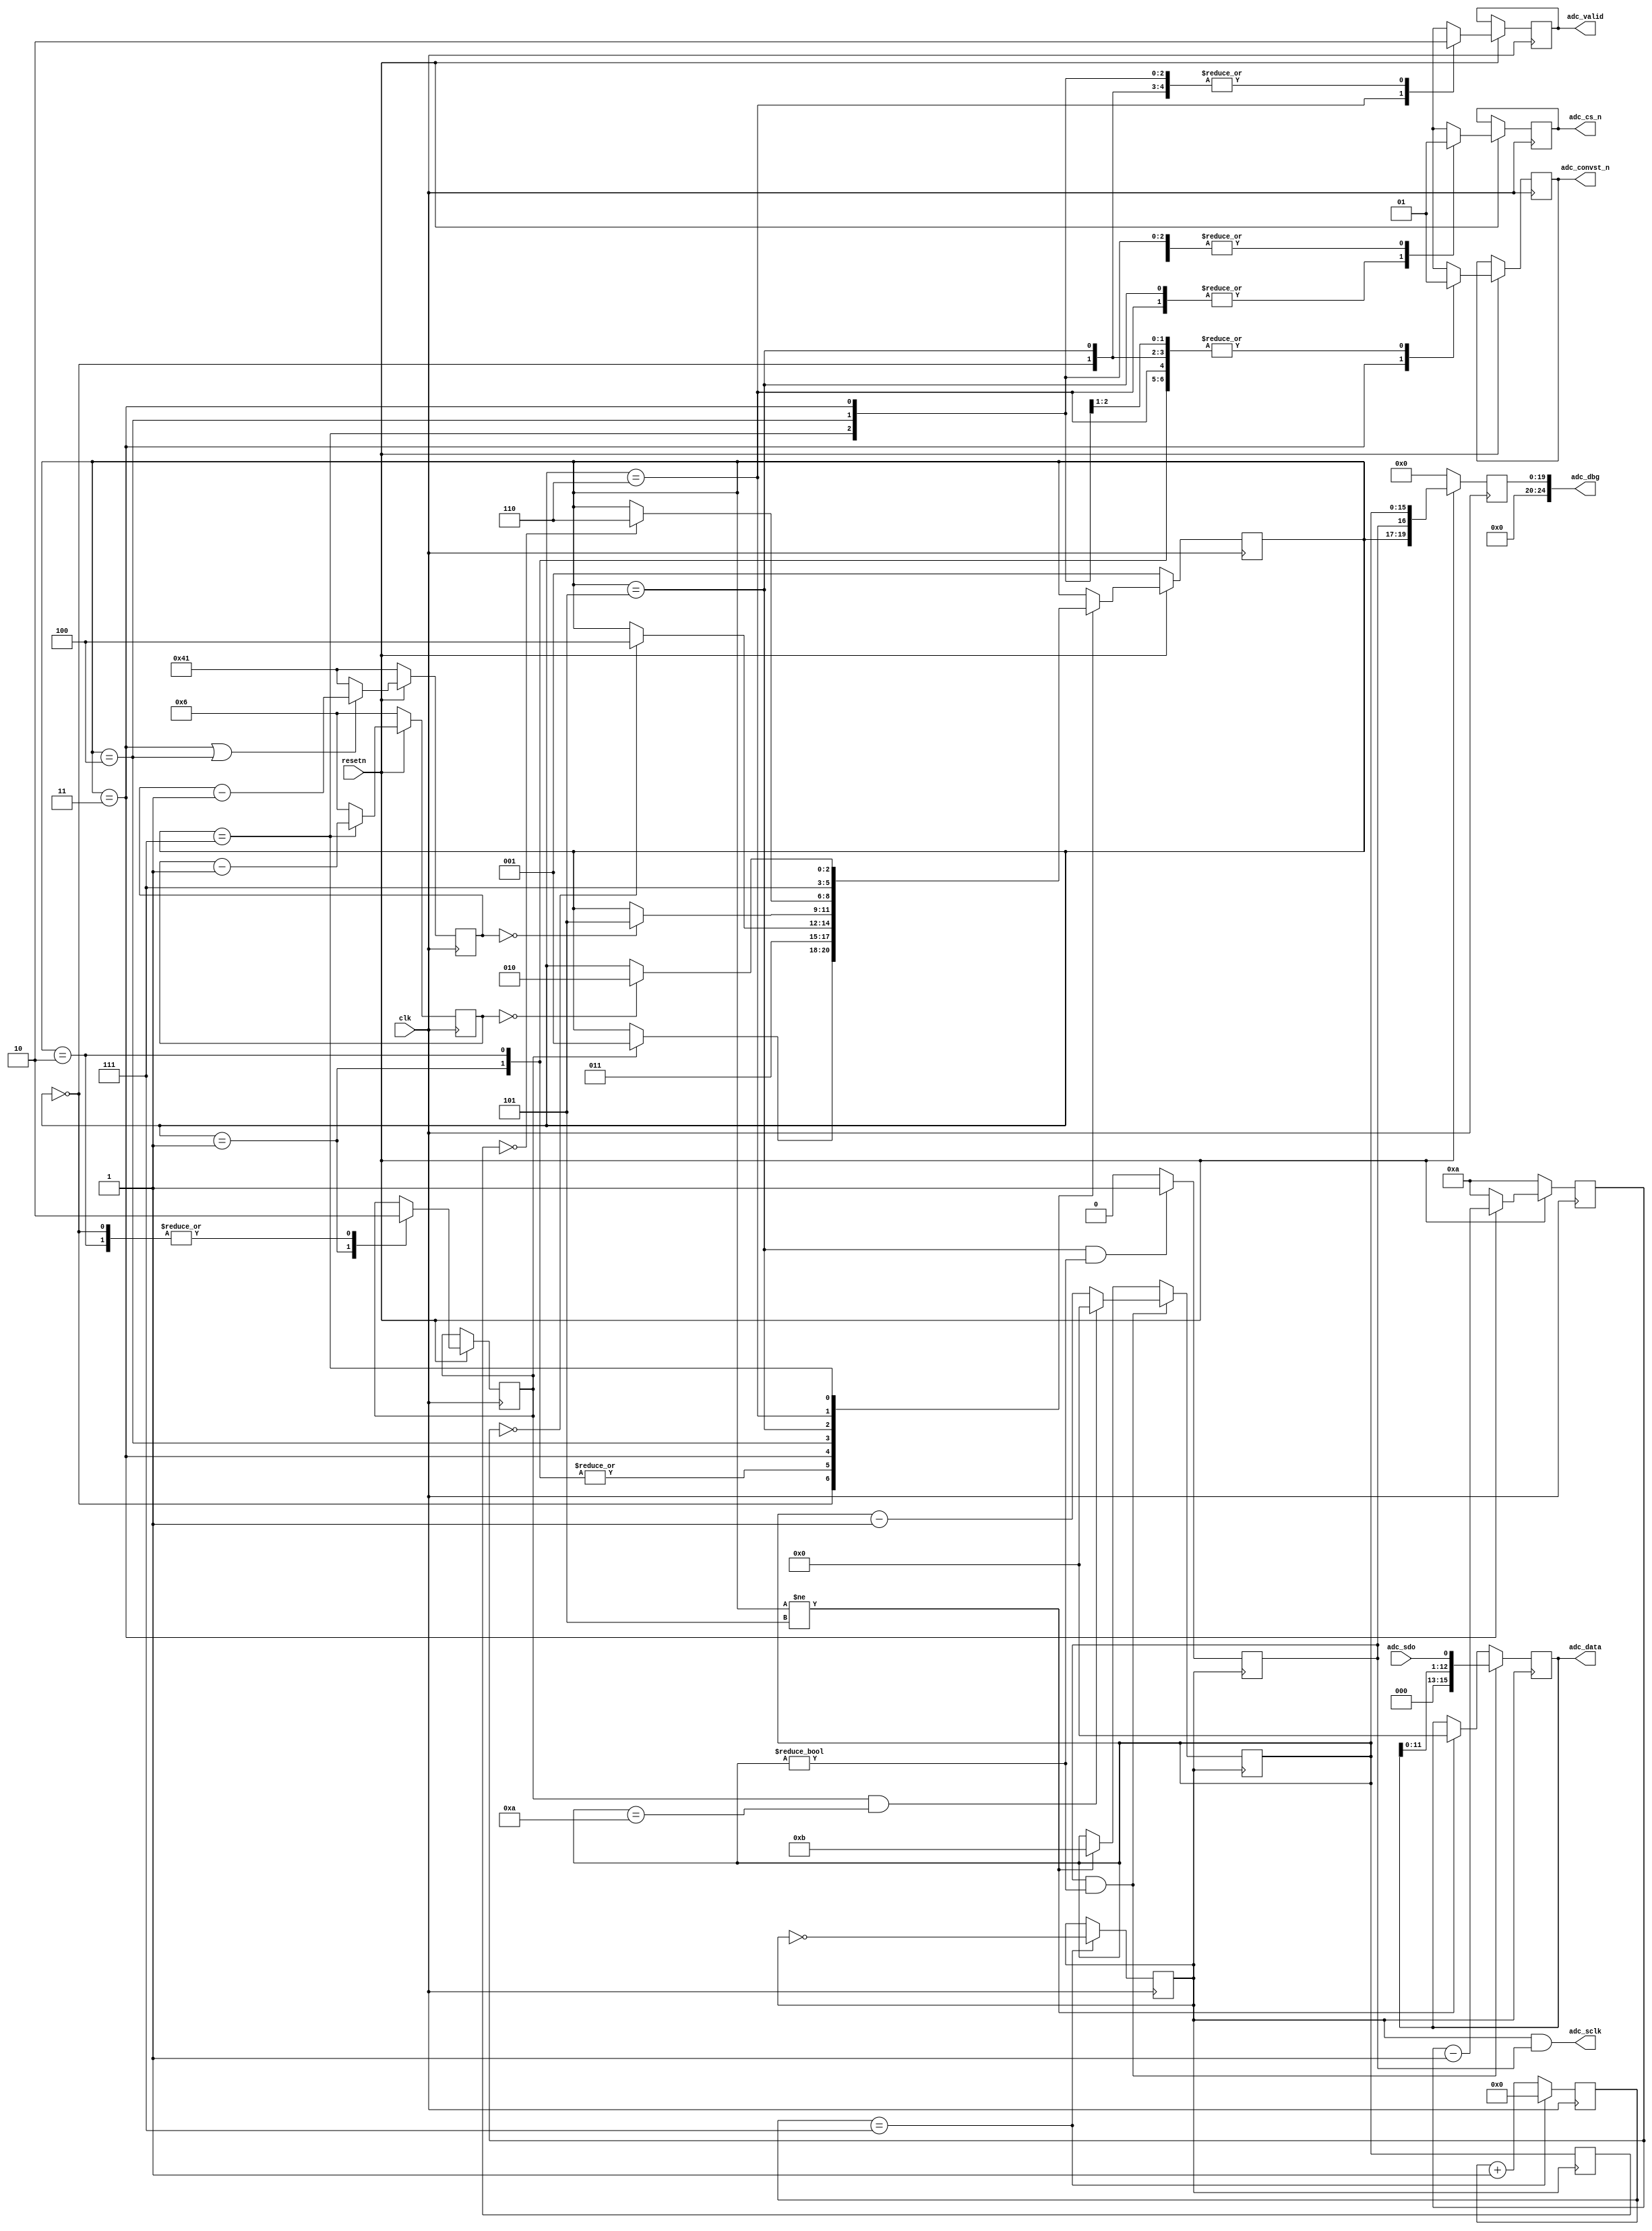
// ***************************************************************************
// ***************************************************************************
// Copyright 2011(c) Analog Devices, Inc.
//
// All rights reserved.
//
// Redistribution and use in source and binary forms, with or without modification,
// are permitted provided that the following conditions are met:
//     - Redistributions of source code must retain the above copyright
//       notice, this list of conditions and the following disclaimer.
//     - Redistributions in binary form must reproduce the above copyright
//       notice, this list of conditions and the following disclaimer in
//       the documentation and/or other materials provided with the
//       distribution.
//     - Neither the name of Analog Devices, Inc. nor the names of its
//       contributors may be used to endorse or promote products derived
//       from this software without specific prior written permission.
//     - The use of this software may or may not infringe the patent rights
//       of one or more patent holders.  This license does not release you
//       from the requirement that you obtain separate licenses from these
//       patent holders to use this software.
//     - Use of the software either in source or binary form, must be run
//       on or directly connected to an Analog Devices Inc. component.
//
// THIS SOFTWARE IS PROVIDED BY ANALOG DEVICES "AS IS" AND ANY EXPRESS OR IMPLIED WARRANTIES,
// INCLUDING, BUT NOT LIMITED TO, NON-INFRINGEMENT, MERCHANTABILITY AND FITNESS FOR A
// PARTICULAR PURPOSE ARE DISCLAIMED.
//
// IN NO EVENT SHALL ANALOG DEVICES BE LIABLE FOR ANY DIRECT, INDIRECT, INCIDENTAL, SPECIAL,
// EXEMPLARY, OR CONSEQUENTIAL DAMAGES (INCLUDING, BUT NOT LIMITED TO, INTELLECTUAL PROPERTY
// RIGHTS, PROCUREMENT OF SUBSTITUTE GOODS OR SERVICES; LOSS OF USE, DATA, OR PROFITS; OR
// BUSINESS INTERRUPTION) HOWEVER CAUSED AND ON ANY THEORY OF LIABILITY, WHETHER IN CONTRACT,
// STRICT LIABILITY, OR TORT (INCLUDING NEGLIGENCE OR OTHERWISE) ARISING IN ANY WAY OUT OF
// THE USE OF THIS SOFTWARE, EVEN IF ADVISED OF THE POSSIBILITY OF SUCH DAMAGE.
// ***************************************************************************
// ***************************************************************************
// ***************************************************************************
// ***************************************************************************

// This core supports the following CFTL pmods:
//        - EVAL-CN0350-PMDZ
//        - EVAL-CN0335-PMDZ
//        - EVAL-CN0336-PMDZ
//        - EVAL-CN0337-PMDZ
//
// It controls a simple three wire SPI interface with an additional control
// line for conversion start, and a counter which trigger the SPI read after
// the end of ADC conversion.
// NOTE:  - The maximum frequency of serial read clock (adc_spi_clk) is 50Mhz.
//        - The maximum conversion rate is 1MSPS (AD7091r)
//        - The frequency of the serial read clock need to be adjusted to the desired
//          conversion rate, exp. for AD7091r :
//
//            ADC Rate >= ADC Conversion Time + SPI Word Length * ADC Serial Clock Period + Tquiet
//        where ADC Conversion Time >= 650ns
//              SPI Word Length = 12
//              Tquiet >= 58ns

`timescale 1ns/1ns

module util_pmod_adc (

  // clock and reset signals

  clk,
  resetn,

  // dma interface
  adc_data,
  adc_valid,
  adc_dbg,

  // adc interface (clk, data, cs and conversion start)

  adc_sdo,
  adc_sclk,
  adc_cs_n,
  adc_convst_n
);

  // parameters and local parameters
  parameter         FPGA_CLOCK_MHZ      = 100;  // FPGA clock frequency [MHz]
  parameter         ADC_CONVST_NS       = 100;  // minimum time to keep /CONVST low is 10ns, default is 100ns
  parameter         ADC_CONVERT_NS      = 650;  // conversion time [ns]
  parameter         ADC_TQUIET_NS       = 60;   // quite time between the last SPI read and next conversion start
  parameter         SPI_WORD_LENGTH     = 12;
  parameter         ADC_RESET_LENGTH    = 3;
  parameter         ADC_CLK_DIVIDE      = 16;

  // ADC states
  localparam        ADC_POWERUP         = 0;
  localparam        ADC_SW_RESET        = 1;
  localparam        ADC_IDLE            = 2;
  localparam        ADC_START_CNV       = 3;
  localparam        ADC_WAIT_CNV_DONE   = 4;
  localparam        ADC_READ_CNV_RESULT = 5;
  localparam        ADC_DATA_VALID      = 6;
  localparam        ADC_TQUIET          = 7;

  // ADC timing

  localparam  [15:0]  FPGA_CLOCK_PERIOD_NS  = 1000 / FPGA_CLOCK_MHZ;
  localparam  [15:0]  ADC_CONVST_CNT        = ADC_CONVST_NS / FPGA_CLOCK_PERIOD_NS;
  localparam  [15:0]  ADC_CONVERT_CNT       = ADC_CONVERT_NS / FPGA_CLOCK_PERIOD_NS;
  localparam  [15:0]  ADC_TQUITE_CNT        = ADC_TQUIET_NS / FPGA_CLOCK_PERIOD_NS;

  // clock and reset signals

  input           clk;                          // system clock (100 MHz)
  input           resetn;                       // active low reset signal

  // dma interface

  output  [15:0]  adc_data;
  output          adc_valid;
  output  [24:0]  adc_dbg;

  // adc interface

  input           adc_sdo;
  output          adc_sclk;
  output          adc_cs_n;
  output          adc_convst_n;

  // Internal registers

  reg [15:0]      adc_data          = 16'b0;
  reg             adc_valid         = 1'b0;
  reg [24:0]      adc_dbg           = 25'b0;

  reg [ 2:0]      adc_state         = 3'b0;     // current state for the ADC control state machine
  reg [ 2:0]      adc_next_state    = 3'b0;     // next state for the ADC control state machine

  reg [15:0]      adc_tconvst_cnt   = 16'b0;
  reg [15:0]      adc_tconvert_cnt  = 16'b0;
  reg [15:0]      adc_tquiet_cnt    = 16'b0;
  reg [15:0]      sclk_clk_cnt      = 16'b0;
  reg [15:0]      sclk_clk_cnt_m1   = 16'b0;
  reg [7:0]       adc_clk_cnt       = 8'h0;

  reg             adc_convst_n      = 1'b1;
  reg             adc_clk_en        = 1'b0;
  reg             adc_cs_n          = 1'b1;
  reg             adc_sw_reset      = 1'b0;
  reg             data_rd_ready     = 1'b0;
  reg             adc_spi_clk       = 1'b0;

  // Assign/Always Blocks

  assign adc_sclk   = adc_spi_clk & adc_clk_en;

  // spi clock generation
  always @(posedge clk) begin
    adc_clk_cnt <= adc_clk_cnt + 1;
    if (adc_clk_cnt == ((ADC_CLK_DIVIDE/2)-1)) begin
      adc_clk_cnt <= 0;
      adc_spi_clk <= ~adc_spi_clk;
    end
  end

  // update the ADC timing counters

  always @(posedge clk)
  begin
    if(resetn == 1'b0) begin
      adc_tconvst_cnt  <= ADC_CONVST_CNT;
      adc_tconvert_cnt <= ADC_CONVERT_CNT;
      adc_tquiet_cnt   <= ADC_TQUITE_CNT;
    end else begin
      if(adc_state == ADC_START_CNV) begin
        adc_tconvst_cnt <= adc_tconvst_cnt - 1;
      end else begin
        adc_tconvst_cnt <= ADC_CONVST_CNT;
      end
      if((adc_state == ADC_START_CNV) || (adc_state == ADC_WAIT_CNV_DONE)) begin
        adc_tconvert_cnt <= adc_tconvert_cnt - 1;
      end else begin
        adc_tconvert_cnt <= ADC_CONVERT_CNT;
      end
      if(adc_state == ADC_TQUIET) begin
        adc_tquiet_cnt <= adc_tquiet_cnt - 1;
      end else begin
        adc_tquiet_cnt <= ADC_TQUITE_CNT;
      end
    end
  end

  // determine when the ADC clock is valid

  always @(negedge adc_spi_clk) begin
    adc_clk_en <= ((adc_state == ADC_READ_CNV_RESULT) && (sclk_clk_cnt != 0)) ? 1'b1 : 1'b0;
  end

  // read data from the ADC

  always @(negedge adc_spi_clk) begin
      sclk_clk_cnt_m1 <= sclk_clk_cnt;
      if((adc_clk_en == 1'b1) && (sclk_clk_cnt != 0)) begin
          adc_data   <= {3'b0, adc_data[11:0], adc_sdo};
          if ((adc_sw_reset == 1'b1) && (sclk_clk_cnt == SPI_WORD_LENGTH - ADC_RESET_LENGTH + 1)) begin
            sclk_clk_cnt <= 16'b0;
          end else begin
            sclk_clk_cnt <= sclk_clk_cnt - 1;
          end
      end
      else if(adc_state != ADC_READ_CNV_RESULT) begin
          adc_data   <= 16'h0;
          sclk_clk_cnt <= SPI_WORD_LENGTH - 1;
      end
  end

  // update the ADC current state and the control signals

  always @(posedge clk) begin
    if(resetn == 1'b0) begin
      adc_state <= ADC_SW_RESET;
      adc_dbg <= 1'b0;
    end
    else begin
      adc_state <= adc_next_state;
      adc_dbg <= {adc_state, adc_clk_en, sclk_clk_cnt};
      case (adc_state)
        ADC_POWERUP: begin
          adc_convst_n    <= 1'b1;
          adc_cs_n        <= 1'b1;
          adc_valid       <= 1'b0;
          adc_sw_reset    <= 1'b0;
        end
        ADC_SW_RESET: begin
          adc_convst_n    <= 1'b1;
          adc_cs_n        <= 1'b1;
          adc_valid       <= 1'b0;
          adc_sw_reset    <= 1'b1;
        end
        ADC_IDLE: begin
          adc_convst_n    <= 1'b1;
          adc_cs_n        <= 1'b1;
          adc_valid       <= 1'b0;
          adc_sw_reset    <= 1'b0;
        end
        ADC_START_CNV: begin
          adc_convst_n    <= 1'b0;
          adc_cs_n        <= 1'b1;
          adc_valid       <= 1'b0;
        end
        ADC_WAIT_CNV_DONE: begin
          adc_convst_n    <= 1'b1;
          adc_cs_n        <= 1'b1;
          adc_valid       <= 1'b0;
        end
        ADC_READ_CNV_RESULT: begin
          adc_convst_n    <= 1'b1;
          adc_cs_n        <= 1'b0;
          adc_valid       <= 1'b0;
        end
        ADC_DATA_VALID: begin
          adc_convst_n    <= 1'b1;
          adc_cs_n        <= 1'b0;
          adc_valid       <= 1'b1;
        end
        ADC_TQUIET: begin
          adc_convst_n    <= 1'b1;
          adc_cs_n        <= 1'b1;
          adc_valid       <= 1'b0;
        end
      endcase
    end
  end

  // update the ADC next state

  always @(adc_state, adc_tconvst_cnt, adc_tconvert_cnt, sclk_clk_cnt_m1, adc_tquiet_cnt, adc_sw_reset) begin
    adc_next_state <= adc_state;
    case (adc_state)
      ADC_POWERUP: begin
        if(adc_sw_reset == 1'b1) begin
          adc_next_state <= ADC_SW_RESET;
        end
      end
      ADC_SW_RESET: begin
        adc_next_state <= ADC_START_CNV;
      end
      ADC_IDLE: begin
          adc_next_state <= ADC_START_CNV;
      end
      ADC_START_CNV: begin
        if(adc_tconvst_cnt == 0) begin
          adc_next_state <= ADC_WAIT_CNV_DONE;
        end
      end
      ADC_WAIT_CNV_DONE: begin
        if(adc_tconvert_cnt == 0) begin
          adc_next_state <= ADC_READ_CNV_RESULT;
        end
      end
      ADC_READ_CNV_RESULT: begin
        if(sclk_clk_cnt_m1 == 0) begin
          adc_next_state <= ADC_DATA_VALID;
        end
      end
      ADC_DATA_VALID: begin
        adc_next_state <= ADC_TQUIET;
      end
      ADC_TQUIET: begin
        if(adc_tquiet_cnt == 0) begin
          adc_next_state <= ADC_IDLE;
        end
      end
      default: begin
        adc_next_state <= ADC_IDLE;
      end
    endcase
  end

endmodule